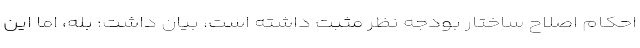
احکام اصلاح ساختار بودجه نظر مثبت داشته است، بیان داشت: بله، اما این